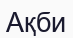
Ақби